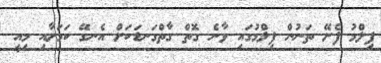
ފިލްމު ފެށޭ ތަނުން ފިލްމުގައި ވާނެ ގޮތް ގާތްގަނޑަކަށް އެނގޭ ކަމަށާއި މިއީ